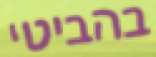
בהביטי